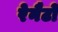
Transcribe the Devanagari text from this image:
रेनैटो